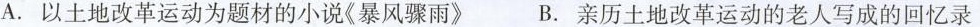
A.以土地改革运动为题材的小说《暴风骤雨》 B.亲历土地改革运动的老人写成的回忆录